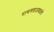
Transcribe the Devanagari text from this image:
रायगडजवळचे